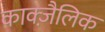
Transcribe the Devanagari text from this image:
काक्ज़ैलिक